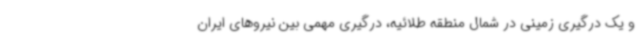
و یک درگیری زمینی در شمال منطقه طلائیه، درگیری مهمی بین نیروهای ایران